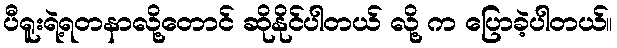
ပီရူးရဲ့ရတနာလို့တောင် ဆိုနိုင်ပါတယ် လို့ က ပြောခဲ့ပါတယ်။